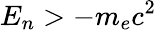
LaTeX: E_{n}>-m_{e}c^{2}